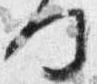
何